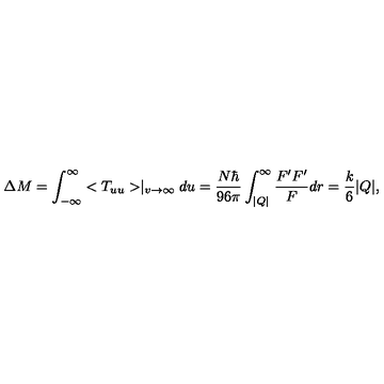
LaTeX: \Delta M = \int _ { - \infty } ^ { \infty } < T _ { u u } > \mid _ { v \rightarrow \infty } d u = \frac { N \hbar } { 9 6 \pi } \int _ { | Q | } ^ { \infty } \frac { F ^ { \prime } F ^ { \prime } } { F } d r = \frac { k } { 6 } | Q | ,